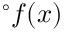
{ } ^ { \circ } f ( x )